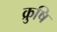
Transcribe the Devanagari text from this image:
क्रुषि